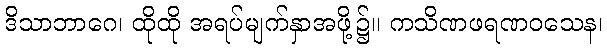
ဒိသာဘာဂေ၊ ထိုထို အရပ်မျက်နှာအဖို့၌။ ကသိဏဖရဏဝသေန၊